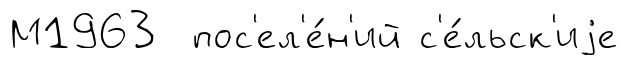
М1963 пос'ел'е́н'ий с'е́льск'иjе